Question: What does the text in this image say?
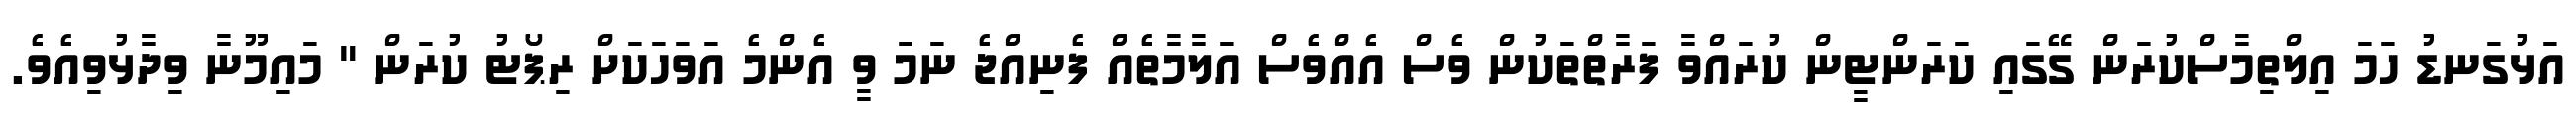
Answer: އަޅުގަނޑު ހަމަ އިލްތިމާސްކުރަން ގޭގައި ކަރަންޓީން ކުރައްވާ ފަރާތްތަކުން ވެސް އެއްވެސް އަލާމާތެއް ފެނިއްޖެ ނަމަ ވީ އެންމެ އަވަހަކަށް ރިޕޯޓު ކުރަން " މައިމޫނާ ވިދާޅުވިއެވެ.